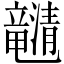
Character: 𤄯